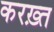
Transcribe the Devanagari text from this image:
करख़्त